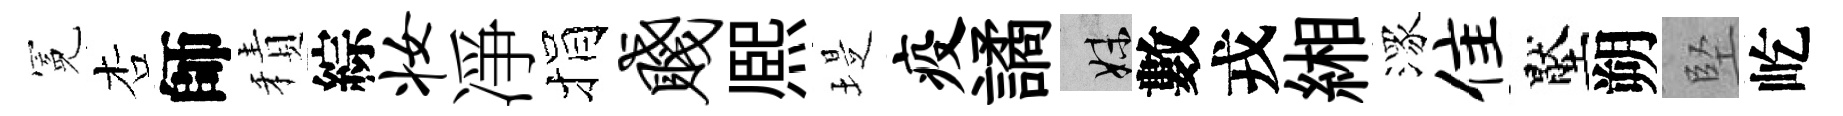
冕杏師積綜妆凈捐贱熈堤疫譎妹數戎緗潈隹壓朔堅屹